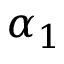
\alpha _ { 1 }